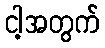
ငါ့အတွက်